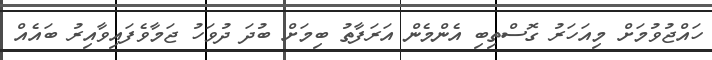
ހައްޖުވުމަށް މިއަހަރު ގޮސްތިބި އެންމެން އަރަފާތު ބިމަށް ބުދަ ދުވަހު ޖަމާވެފައިވާއިރު ބައެއް